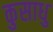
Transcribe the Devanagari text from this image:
कुसाधु